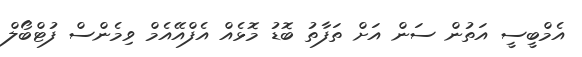
އެމްބީސީ އަތުން ސަން އަށް ތަފާތު ބޮޑު މޮޅެއް އެފްއޭއެމް ވިމެންސް ފުޓްބޯލް